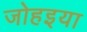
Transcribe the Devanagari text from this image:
जोहइया